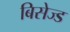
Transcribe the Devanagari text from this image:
बिसेज्ड